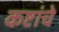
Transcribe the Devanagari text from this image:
कष्टांचे